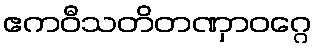
ဧကဝီသတိတဏှာဝဂ္ဂေ